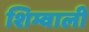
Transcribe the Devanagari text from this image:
शिम्वाली